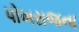
પોખરાજના